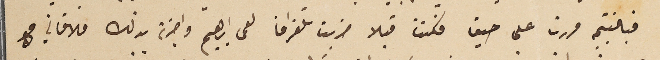
فبالنتيجه مررت على حيفا فكنت قبلا ضربت تلغرافا لعمى ابراهيم واخبرته بذلك فلاقاني مع